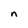
Character: n